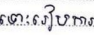
ទោះរៀបការ